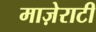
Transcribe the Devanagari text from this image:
माज़ेराटी